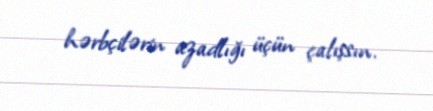
hərbçilərin azadlığı üçün çalışsın.